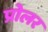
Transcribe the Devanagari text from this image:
प्रोलर